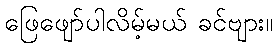
ဖြေဖျော်ပါလိမ့်မယ် ခင်ဗျား။